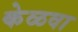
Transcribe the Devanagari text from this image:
केळवा